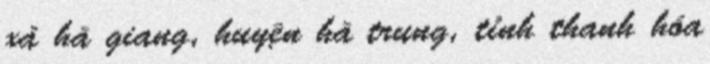
xã hà giang, huyện hà trung, tỉnh thanh hóa